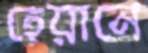
হেয়ানে